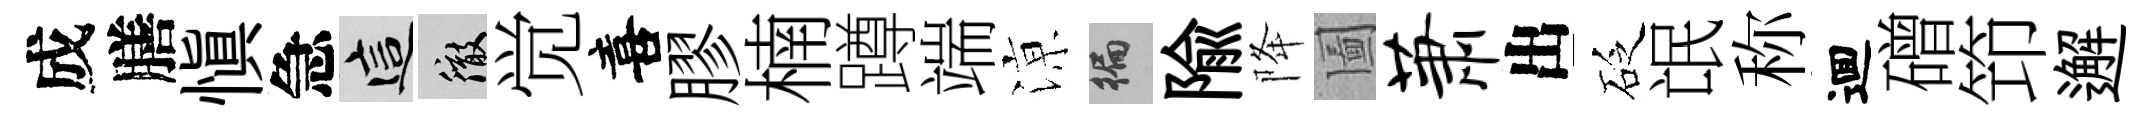
成膳慎急這徹觉喜膠楠蹲端鿌徧隃降圗萧出砭氓称逥磳笻邂